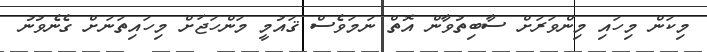
މިކަން މިހައި މިންވަރަށް ސާބިތުވާން އޮތް ނަމަވެސް ޤައުމީ މަންހަޖަށް މިހައިތަނަށް ގެނެވުނު